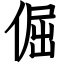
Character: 倔